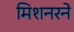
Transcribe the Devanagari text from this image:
मिशनरने